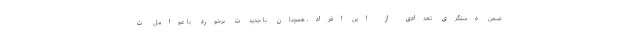
ضمن دستگری تعدادی از این افراد، همچنان با جدیدت برخورد با عوامل ت